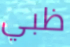
ظبي